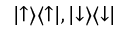
| { \uparrow } \rangle \langle { \uparrow } | , | { \downarrow } \rangle \langle { \downarrow } |